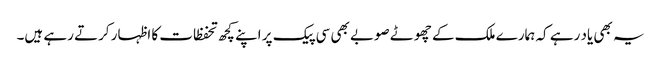
یہ بھی یاد رہے کہ ہمارے ملک کے چھوٹے صوبے بھی سی پیک پر اپنے کچھ تحفظات کا اظہار کرتے رہے ہیں۔